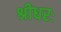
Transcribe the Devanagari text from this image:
श्रीधरः